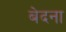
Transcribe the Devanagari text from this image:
बेदना